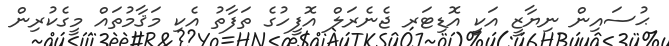
ޙުސައިން ނިޔާޒީ އަކީ އޮޑިޓަރ ޖެނެރަލް އޮފީހުގެ ތަފާތު އެކި މަޤާމުތައް މީގެކުރިން